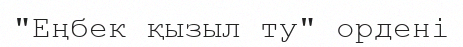
"Еңбек қызыл ту" ордені